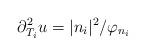
LaTeX: \begin{align*}\partial_{T_i}^2u = |n_i|^2/\varphi_{n_i}\end{align*}